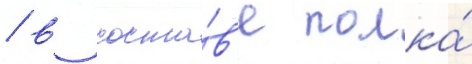
/ в соста́в'е полка́